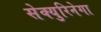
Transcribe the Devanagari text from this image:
सेक्युरिनेगा